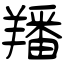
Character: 羳